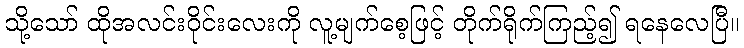
သို့သော် ထိုအလင်းဝိုင်းလေးကို လူ့မျက်စေ့ဖြင့် တိုက်ရိုက်ကြည့်၍ ရနေလေပြီ။